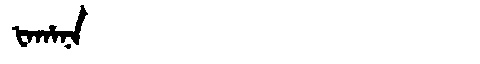
Manchu: ᡶᠠᡥᠠᠨᠠ
Romanization: FAHANA